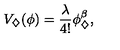
V _ { \diamondsuit } ( \phi ) = \frac { \lambda } { 4 ! } \phi _ { \diamondsuit } ^ { \beta } ,